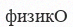
физикО